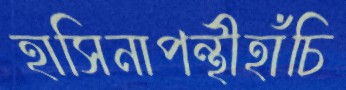
হাসিনাপন্থীহাঁচি